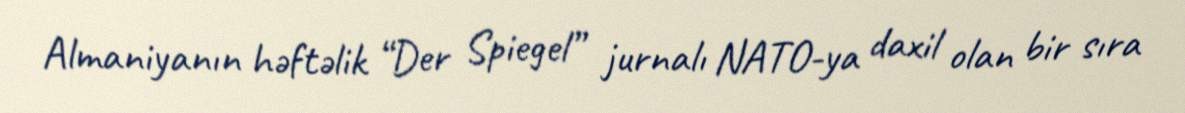
Almaniyanın həftəlik “Der Spiegel” jurnalı NATO-ya daxil olan bir sıra